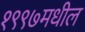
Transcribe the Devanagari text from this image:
१९९७मधील